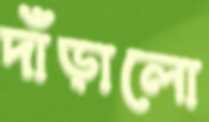
দাঁড়ালো